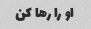
او را رها کن